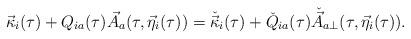
LaTeX: \begin{align*}\vec{\kappa}_{i}(\tau )+Q_{ia}(\tau )\vec{A}_{a}(\tau,\vec{\eta}_{i}(\tau ))=\check{\vec{\kappa}}_{i}(\tau )+\check{Q}_{ia}(\tau )\check{\vec{A}}_{a\perp}(\tau,\vec{\eta}_{i}(\tau )).\end{align*}